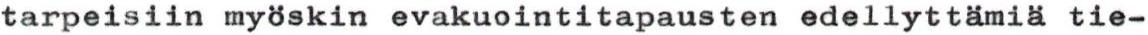
tarpeisiin myöskin evakuointitapausten edellyttämiä tie-